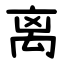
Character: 离